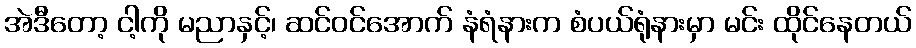
အဲဒီတော့ ငါ့ကို မညာနှင့်၊ ဆင်ဝင်အောက် နံရံနားက စံပယ်ရုံနားမှာ မင်း ထိုင်နေတယ်